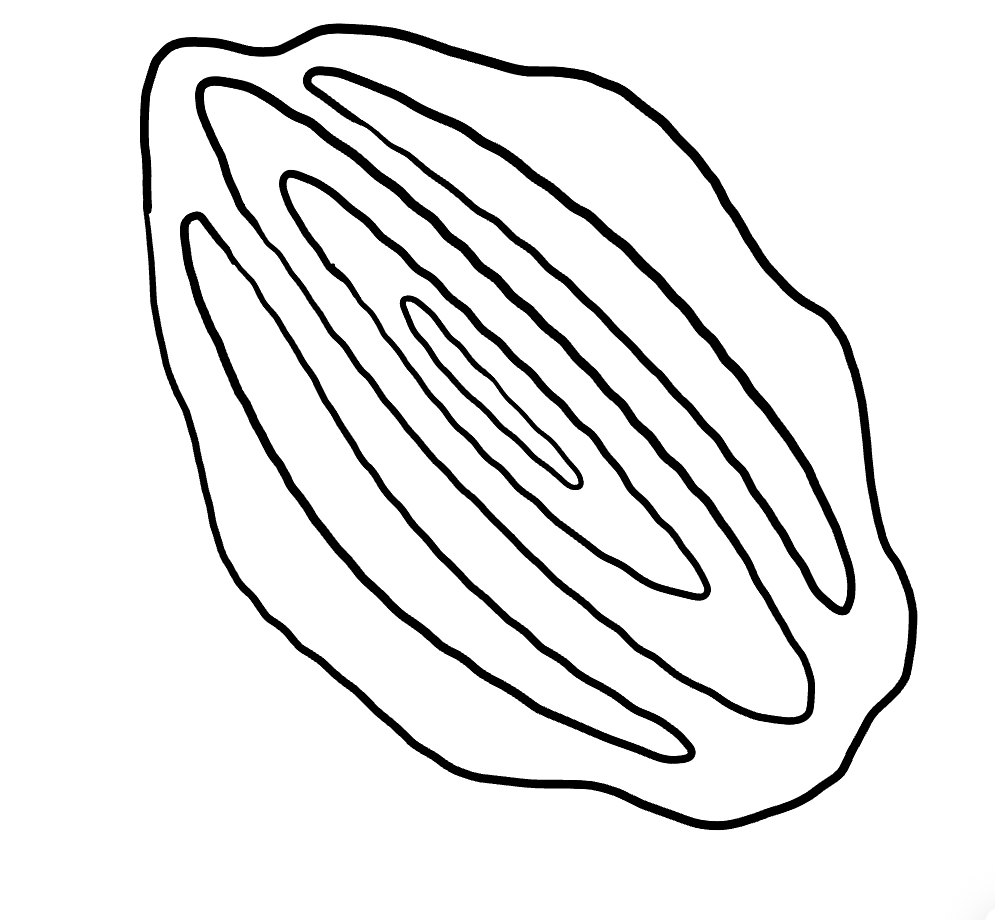
Number of regions (including the outer root region): 7
Containment tree edges (parent, child): 0, 1, 1, 2, 1, 3, 1, 6, 3, 4, 4, 5